Indian journal of veterinary science and animal husbandry - Volume 11,
Year: 1941
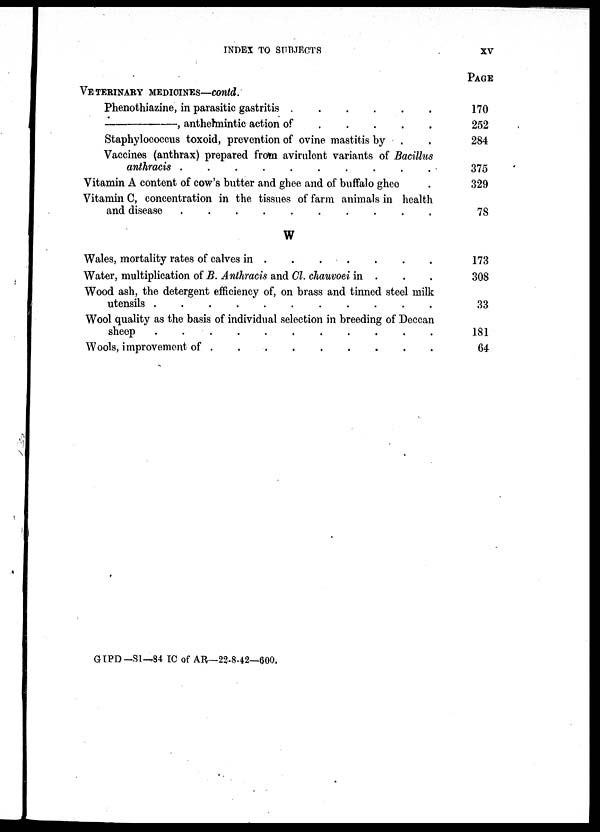
INDEX TO SUBJECTS
XV
VETERINARY MEDICINES—contd.
Phenothiazine, in parasitic gastritis
.
.
.
.
.
—,
anthelmintic action of . . . . .
Staphylococcus toxoid, prevention of ovine mastitis by . .
Vaccines (anthrax) prepared from avirulent variants of Bacillus
anthracis . . . . . . . . . .
Vitamin A content of cow's butter and ghee and of buffalo ghee .
Vitamin C, concentration in the tissues of farm animals in health
and disease
.
.
.
.
.
.
.
.
.
.
W
Wales, mortality rates of calves in
.
.
.
.
.
.
.
.
Water, multiplication of B. Anthracis and Cl. chauvoei in . . .
Wood ash, the detergent efficiency of, on brass and tinned steel milk
utensils . . . . . . . . . .
Wool quality as the basis of individual selection in breeding of Deccan
sheep . . . . . . . . . .
Wools, improvement of . . . . . . . . .
PAGE
170
252
284
375
329
78
173
308
33
181
64
GIPD—S1—84 IC of AR—22-8-42—600.